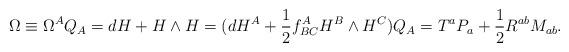
LaTeX: \begin{align*}\Omega\equiv\Omega^AQ_A=dH+H\wedge H=(dH^A+\frac{1}{2}f^A_{BC}H^B\wedge H^C)Q_A=T^aP_a+\frac{1}{2}R^{ab}M_{ab}.\end{align*}